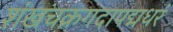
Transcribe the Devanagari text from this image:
शंखचक्रगदापद्मधरं